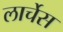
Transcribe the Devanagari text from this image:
लार्चेस